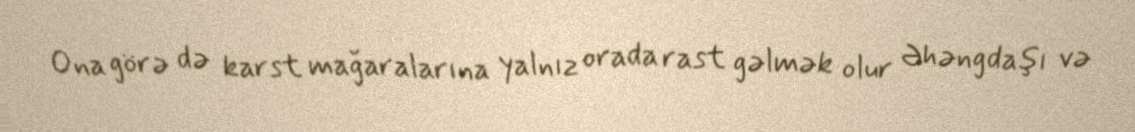
Ona görə də karst mağaralarına yalnız orada rast gəlmək olur Əhəngdaşı və